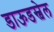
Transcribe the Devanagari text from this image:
डाऊडस्वेल